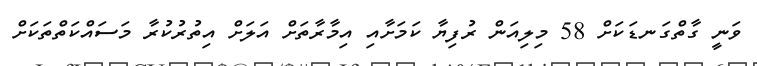
ވަނީ ގާތްގަނޑަކަށް 58 މިލިއަން ރުފިޔާ ކަމަށާއި އިމާރާތަށް އަލަށް އިތުރުކުރާ މަސައްކަތްތަކަށް